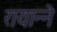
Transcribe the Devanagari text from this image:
रायान्ने